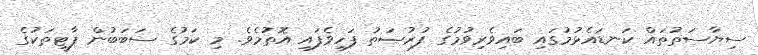
ސިޔާސަތުތައް ކަނޑައެޅުމުގައި ބައިވެރިވުމުގެ ފުރުޞަތު ފަހިވެފައި އޮތުމެވެ. މި ކަމުގެ ސަބަބުން ޕާޓީތަކުގެ